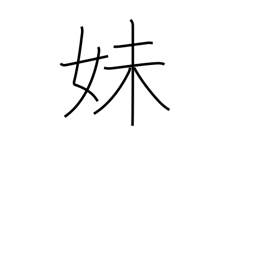
Meaning: younger sister